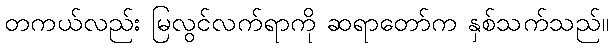
တကယ်လည်း မြလွင်လက်ရာကို ဆရာတော်က နှစ်သက်သည်။